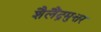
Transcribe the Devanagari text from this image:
शैलैंद्रमुत्तर